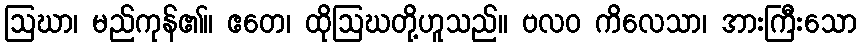
ဩဃာ၊ မည်ကုန်၏။ ဧတေ၊ ထိုဩဃတို့ဟူသည်။ ဗလဝ ကိလေသာ၊ အားကြီးသော